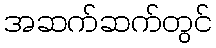
အဆက်ဆက်တွင်